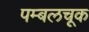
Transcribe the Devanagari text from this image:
पम्बलचूक